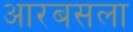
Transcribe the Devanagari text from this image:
आरबसला